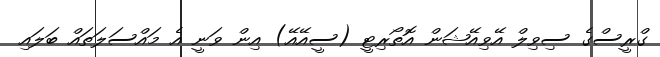
ގްރީސްގެ ސިވިލް އޭވިއޭޝަން އޮތޯރިޓީ (ސީއޭއޭ) އިން ވަނީ އެ މައްސަލަތައް ބަލައި